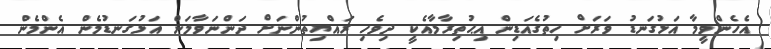
އެހެންވީމާ އަޅުގަނޑު ވަރަށް ހިތުގެއަޑިން އިޙުތިރާމާއެކީ ދިވެހި ރައްޔިތުންނަށް ދަންނަވާލަން އަޅުގަނޑުމެން އެންމެން